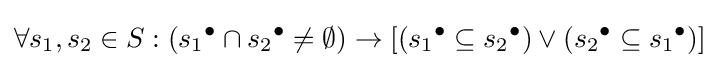
\forall s_{1},s_{2}\in S:(s_{1}{}^{\bullet }\cap s_{2}{}^{\bullet }\neq \emptyset )\to [(s_{1}{}^{\bullet }\subseteq s_{2}{}^{\bullet })\vee (s_{2}{}^{\bullet }\subseteq s_{1}{}^{\bullet })]